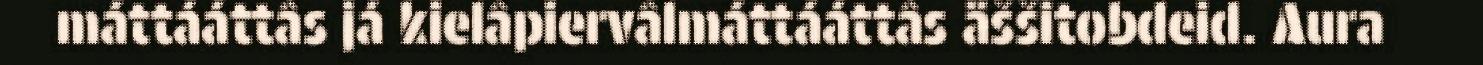
máttááttâs já kielâpiervâlmáttááttâs äššitobdeid. Aura